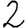
Digit: 2